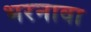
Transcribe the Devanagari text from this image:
भरनावा